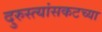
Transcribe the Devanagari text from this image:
दुरुस्त्यांसकटच्या